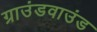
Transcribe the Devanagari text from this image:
ग्राउंडवाउंड